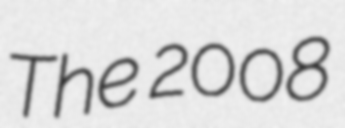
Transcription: The 2008